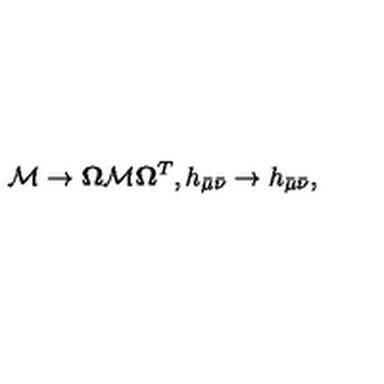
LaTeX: { \cal M } \to { \bf \Omega } { \cal M } { \bf \Omega } ^ { T } , h _ { \bar { \mu } \bar { \nu } } \to h _ { \bar { \mu } \bar { \nu } } ,